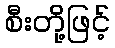
စီးတို့ဖြင့်